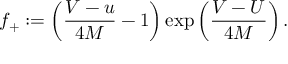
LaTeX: f _ { + } : = \left( \frac { V - u } { 4 M } - 1 \right) \exp \left( \frac { V - U } { 4 M } \right) .